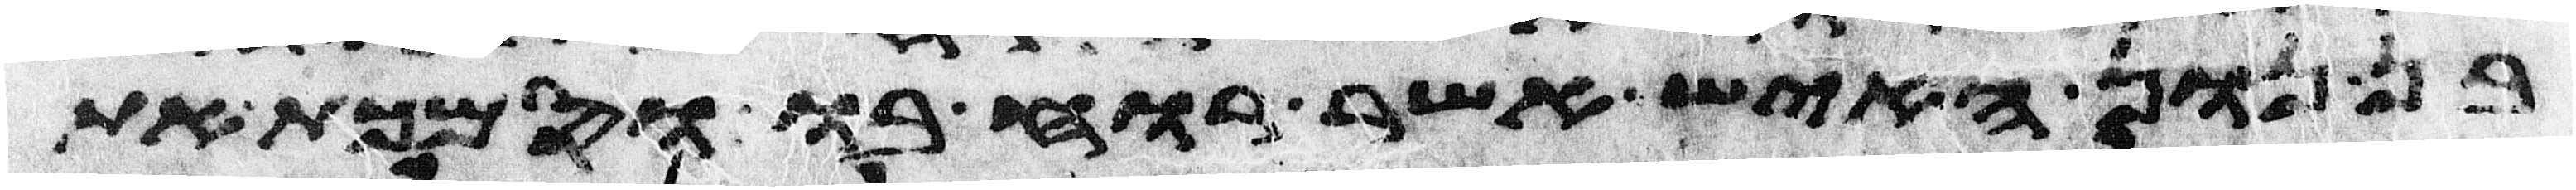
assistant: בן נון האיש אשר רוחו בו וסמכת את